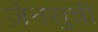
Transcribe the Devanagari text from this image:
ज़ेनसुन्नी